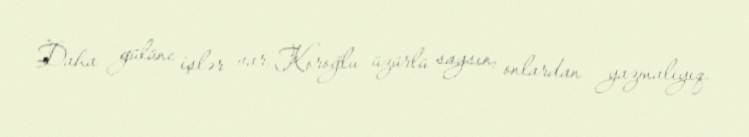
Daha gülünc işlər var, Koroğlu üzürlü saysın, onlardan yazmalıyıq.